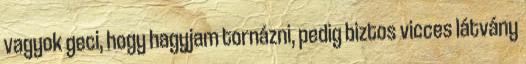
vagyok geci, hogy hagyjam tornázni, pedig biztos vicces látvány